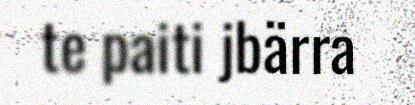
te paiti jbärra